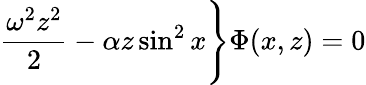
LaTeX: \frac{\omega^{2}z^{2}}{2}-\alpha z\sin^{2}x\Biggr\} \Phi(x,z)=0